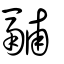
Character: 鬴